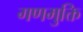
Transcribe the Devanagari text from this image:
गणमुक्ति